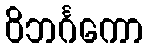
ဝိဘင်္ဂကော